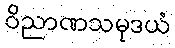
ဝိညာဏသမုဒယံ